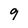
Character: 9